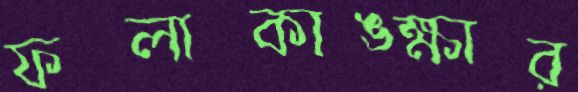
ফলাকাঙ্ক্ষার